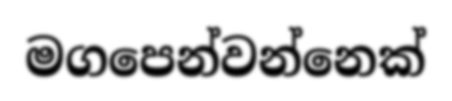
මගපෙන්වන්නෙක්